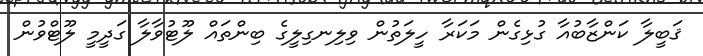
ޤަބީލާ ކަންޒާބުއާ ގުޅިގެން މަކަރާ ހީލަތުން ވިލިނގިލީގެ ބިންތައް ލޫޓުވާލާ ގަދީމީ ލޫޓްވުން